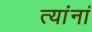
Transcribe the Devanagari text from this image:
त्‍यांनां